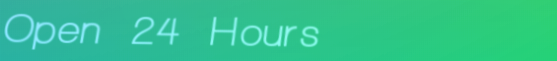
Open 24 Hours